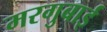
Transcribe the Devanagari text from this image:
मरगुबाई